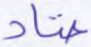
عتاد